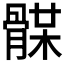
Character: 𩩥